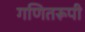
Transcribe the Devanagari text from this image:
गणितरूपी